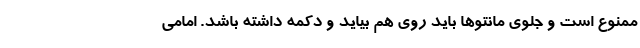
ممنوع است و جلوی مانتوها باید روی هم بیاید و دکمه داشته باشد. امامی